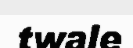
twale